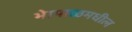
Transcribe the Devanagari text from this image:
भेापाळमधील